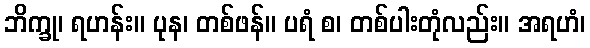
ဘိက္ခု၊ ရဟန်း။ ပုန၊ တစ်ဖန်။ ပရံ စ၊ တစ်ပါးတုံလည်း။ အရဟံ၊